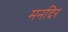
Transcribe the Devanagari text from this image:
मनदिर